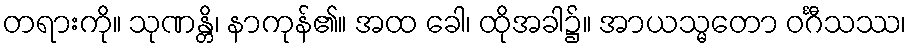
တရားကို။ သုဏန္တိ၊ နာကုန်၏။ အထ ခေါ၊ ထိုအခါ၌။ အာယသ္မတော ဝင်္ဂီသဿ၊